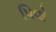
પિવો